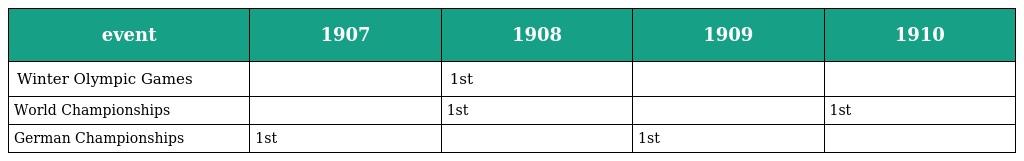
| event | 1907 | 1908 | 1909 | 1910 |
 | --- | --- | --- | --- | --- |
 | Winter Olympic Games |  | 1st |  |  |
 | World Championships |  | 1st |  | 1st |
 | German Championships | 1st |  | 1st |  |